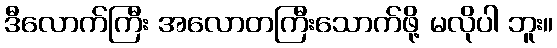
ဒီလောက်ကြီး အလောတကြီးသောက်ဖို့ မလိုပါ ဘူး။